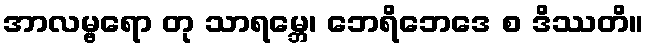
အာလမ္ဗရော တု သာရမ္ဘေ၊ ဘေရိဘေဒေ စ ဒိဿတိ။